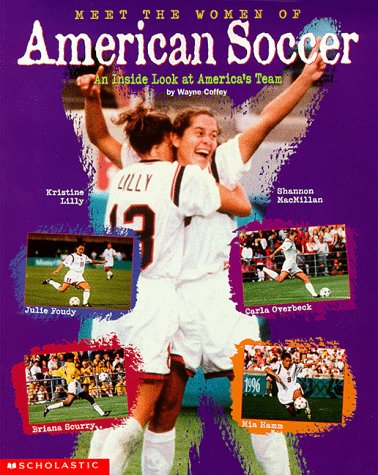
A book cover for An Inside Look At America's Teams (Meet The Women Of American Soccer); Wayne Coffey; Children's Books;